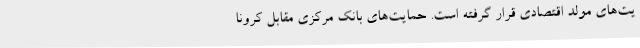
یت‌های مولد اقتصادی قرار گرفته است. حمایت‌های بانک مرکزی مقابل کرونا